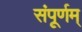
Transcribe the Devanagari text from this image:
संपूर्णम्‌